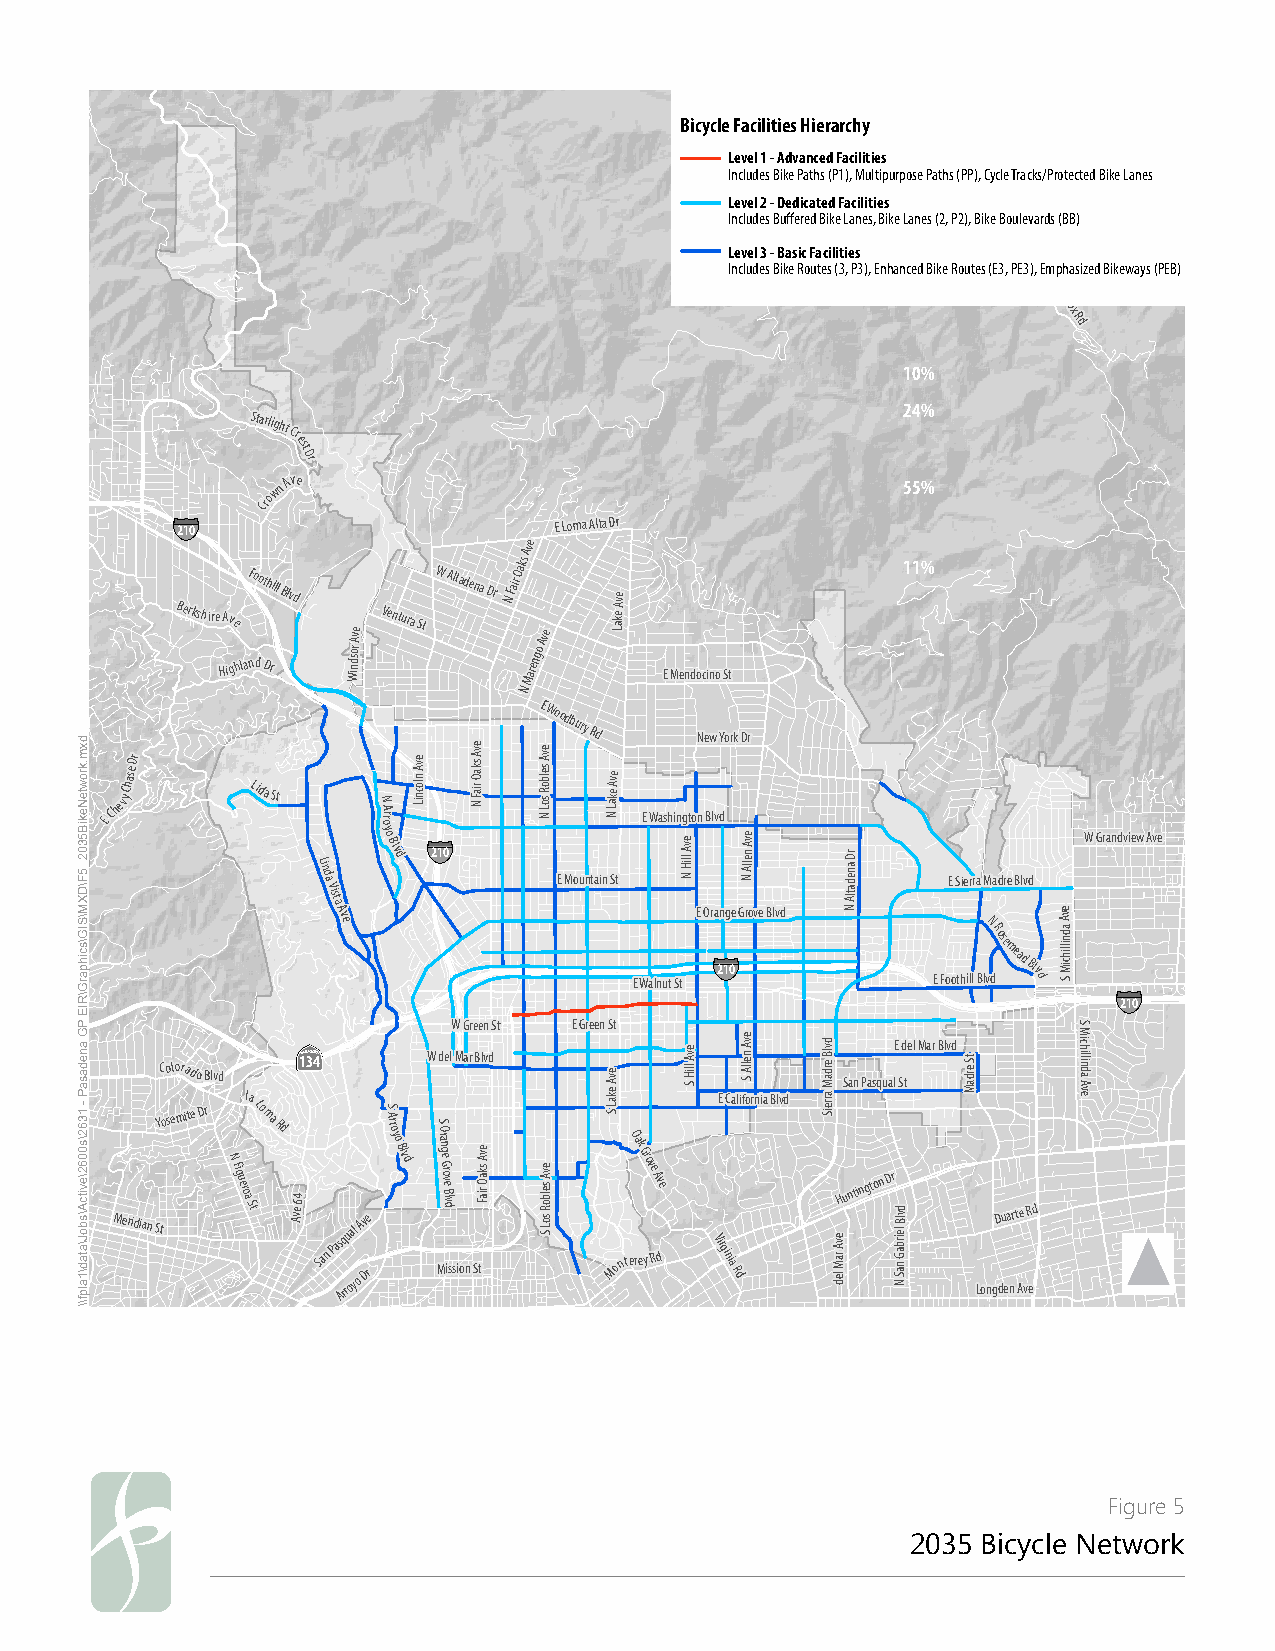
Bicycle Facilities Hierarchy
 Level 1 - Advanced Facilities
 Includes Bike Paths (P1), Multipurpose Paths (PP), Cycle Tracks/Protected Bike Lanes
 Level 2 - Dedicated Facilities
 Includes Buffered Bike Lanes, Bike Lanes (2, P2), Bike Boulevards (BB)
 L Ine cv lue dl e3 s - B B ika es Ric o F ua tec sil (i 3ti ,e Ps 3), Enhanced Bike Routes (EM 3o ,u PntEW3)il,
 s
 oE nmphasized Bikeways (PEB)
 R
 ed
 BoxRd
 10%
 24%
 StarlightCr
 est
 Dr
 CrownAve                                   55%
 §¨¦ 210                   E Loma Alta Dr
 Berkshire HA iv
 e
 ghlaF no dot Dh rill Blvd
 Windsor
 Ave
 Ventura
 StW Altadena DrN Fair
 Oaks
 A Mv ae
 rengo
 Ave
 Lake
 Ave
 E Mendocino St
 11%
 N
 E Woodbury
 Rd     New York Dr
 EChevyChaseDr
 LidaSt
 N A orr
 evA
 nlocniL
 evA
 skaO
 riaF
 N
 evA
 selboR
 soL N N
 Lake
 Ave
 E Washington Blvd
 Linda
 Vista
 Ave
 yo Blvd §¨¦ 210
 E Mountain St
 E Walnut
 StevA lliH
 N
 E Or §¨¦a 2n 1g 0e
 GN
 Allen Ave
 rove Blvd N
 Altadena Dr
 E
 FoE
 o
 S thie ilr lr a
 B
 lM
 N vR
 da osd er me
 e
 aB dlv Bd
 lv
 d
 evA
 adnillihciM
 S
 W Grandview Ave
 §¨¦
 210
 W Green St E Green St                    S
 MeridianSY
 tC oo selo mra id teo DB rlvd
 N Figueroa
 Sl ta
 LomaRd
 Ave
 64·|}þ 134
 San
 Pas Arq ru oal
 y o
 Av De
 r
 S A rroyo
 Blvd
 W
 S
 O
 ra
 Mngd
 e G rove
 Blvde isl sM ioa nr SB
 Fair Oaks Ave
 tlvd
 evA selboR
 soL
 S
 evA ekaL
 S
 MontO eak
 r
 G erov ye A Rve
 d
 evA lliH S VirgE
 in
 iC
 a
 Ra dlievA nellA S fornia Blvd
 evA
 raM
 ledHS ua nn
 ti
 nP ga ts oq nu a
 Dr
 N
 San
 Gabl
 riel
 BlvdE S d tel Mar Blvd tS erdaM
 LongD du ea nr Ate
 v
 R ed
 chM i illin a Ad ve
 Figure 5
 2035 Bicycle Network
 dxm.krowteNekiB5302_5F\DXM\SIG\scihparG\RIE
 PG
 anedasaP
 - 1362\s0062\evitcA\sboJ\atad\1alpf\\
 dvlB erdaM arreiS